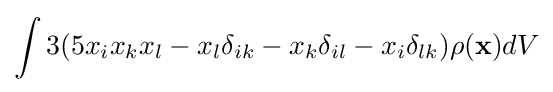
\int 3(5x_{i}x_{k}x_{l}-x_{l}\delta _{ik}-x_{k}\delta _{il}-x_{i}\delta _{lk})\rho (\mathbf {x} )dV